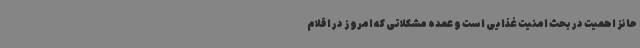
حائز اهمیت در بحث امنیت غذایی است و عمده مشکلاتی که امروز در اقلام